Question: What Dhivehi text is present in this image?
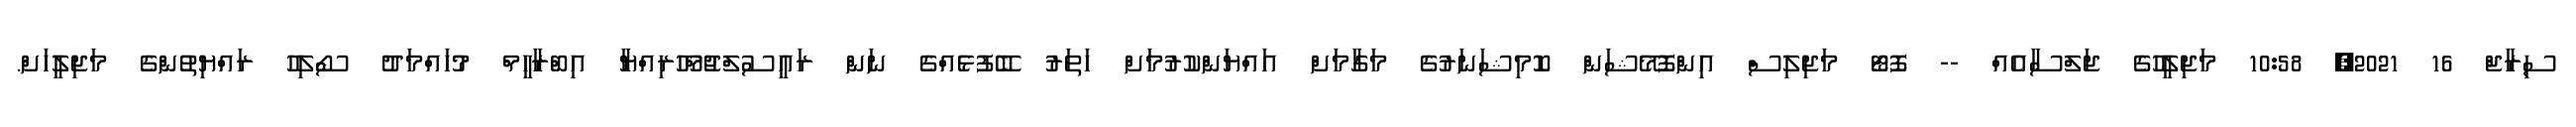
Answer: ސިރާޖް 16 2021, 10:58 މަޖިލީހުގެ ޖަލްސާއެއް -- ފޮޓޯ މަޖިލިސް އިންފޮމޭޝަން ކޮމިޝަނަރުގެ މަގާމަށް އައްޔަންކުރުމަށް ހަތަރު ބޭފުޅެއްގެ ނަން ރައީސުލްޖުމްހޫރިއްޔާ އިބްރާހީމް މުހައްމަދު ސޯލިހު ރައްޔިތުންގެ މަޖިލީހަށް.